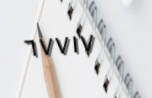
٦٧٧١٧